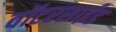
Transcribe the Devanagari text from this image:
वॉटरसाईड